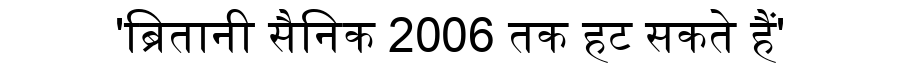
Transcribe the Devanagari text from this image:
'ब्रितानी सैनिक 2006 तक हट सकते हैं'